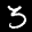
Label: 3